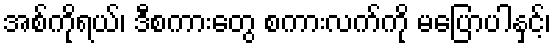
အစ်ကိုရယ်၊ ဒီစကားတွေ စကားလက်ကို မပြောပါနှင့်၊